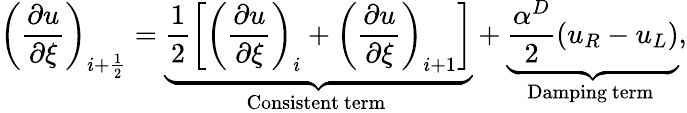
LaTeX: \left(\frac{\partial u}{\partial\xi}\right)_{i+\frac{1}{2}}=\underbrace{\frac{1}{2}\left[\left(\frac{\partial u}{\partial\xi}\right)_{i}+\left(\frac{\partial u}{\partial\xi}\right)_{i+1}\right]}_{\mathrm{Consistent~term~}}+\underbrace{\frac{\alpha^{D}}{2}\left(u_{R}-u_{L}\right)}_{\mathrm{Damping~term~}},